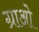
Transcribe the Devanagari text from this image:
ग्राओ